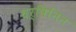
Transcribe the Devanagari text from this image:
धर्षिनिन